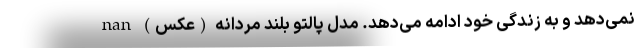
نمی‌دهد و به زندگی خود ادامه می‌دهد. مدل پالتو بلند مردانه (عکس) nan